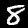
Digit: 8